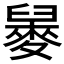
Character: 𪌲